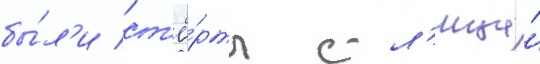
бы́л'и ст'ё́рты с л'ица́